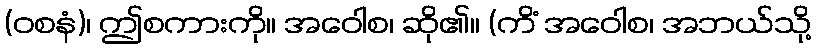
(ဝစနံ)၊ ဤစကားကို။ အဝေါစ၊ ဆို၏။ (ကိံ အဝေါစ၊ အဘယ်သို့